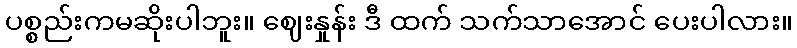
ပစ္စည်းကမဆိုးပါဘူး။ ဈေးနှုန်း ဒီ ထက် သက်သာအောင် ပေးပါလား။